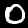
Label: 0